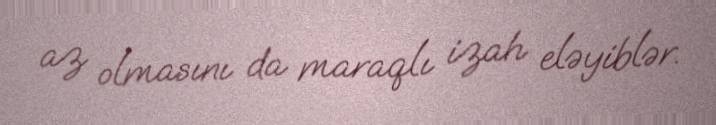
az olmasını da maraqlı izah eləyiblər.